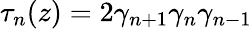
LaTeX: \tau_{n}(z)=2\gamma_{n+1}\gamma_{n}\gamma_{n-1}